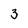
Character: 3